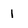
Character: 1